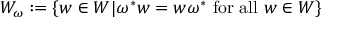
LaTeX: W _ { \omega } : = \{ w \in W | \omega ^ { * } w = w \omega ^ { * } \mathrm { ~ f o r ~ a l l ~ } w \in W \}